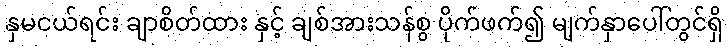
နှမငယ်ရင်း ချာစိတ်ထား နှင့် ချစ်အားသန်စွ ပိုက်ဖက်၍ မျက်နှာပေါ်တွင်ရှိ